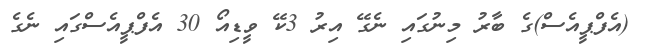
(އެފްޕީއެސް)ގެ ބާރު މިނުގައި ނެގޭ އިރު 3ކޭ ވީޑިއޯ 30 އެފްޕީއެސްގައި ނެގެ